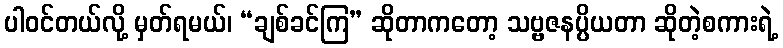
ပါဝင်တယ်လို့ မှတ်ရမယ်၊ “ချစ်ခင်ကြ” ဆိုတာကတော့ သဗ္ဗဇနပ္ပိယတာ ဆိုတဲ့စကားရဲ့